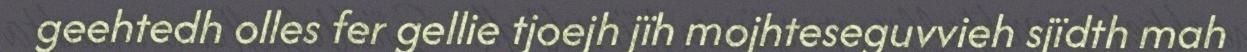
geehtedh olles fer gellie tjoejh jïh mojhteseguvvieh sjïdth mah